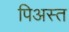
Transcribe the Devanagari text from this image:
पिअस्त